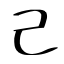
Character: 己